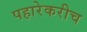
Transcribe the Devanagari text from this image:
पहारेकरीच